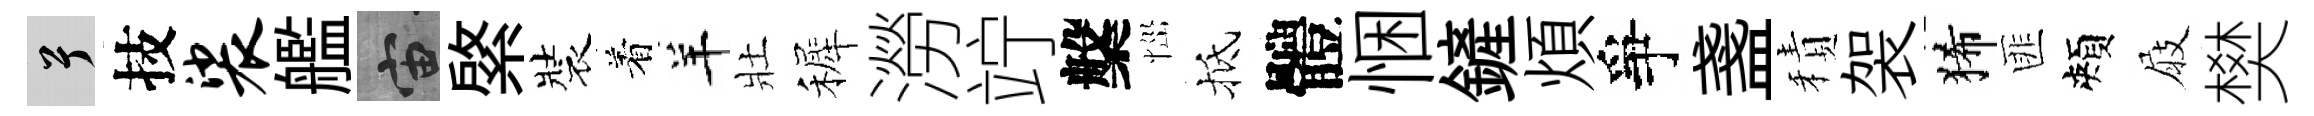
兮技裟艦宙綮裝着羊壯裤澇竚槃𢙉抵體悃鏟煩爭盞積袈狶匪頰屐樊